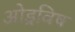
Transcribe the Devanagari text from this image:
ओड्रविष